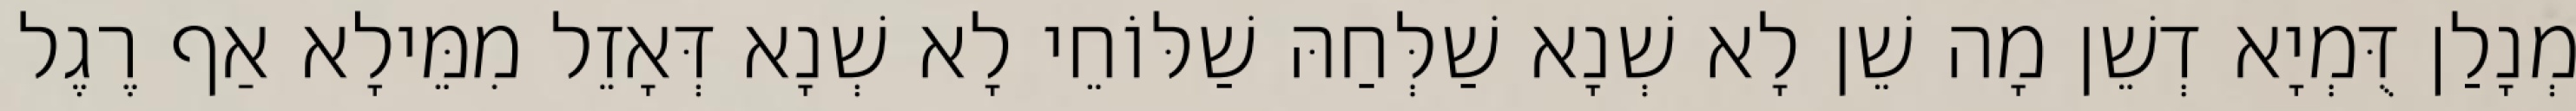
מְנָלַן דֻּמְיָא דְשֵׁן מָה שֵׁן לָא שְׁנָא שַׁלְּחַהּ שַׁלּוֹחֵי לָא שְׁנָא דְּאָזֵל מִמֵּילָא אַף רֶגֶל